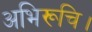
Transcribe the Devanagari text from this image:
अभिरूचि।